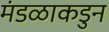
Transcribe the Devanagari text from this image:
मंडळाकडुन